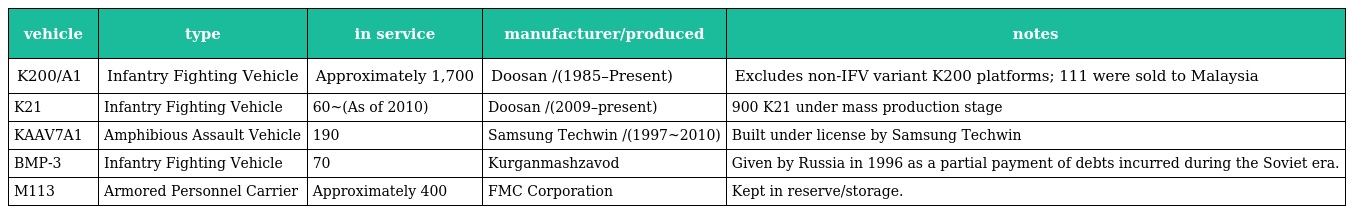
| vehicle | type | in service | manufacturer/produced | notes |
 | --- | --- | --- | --- | --- |
 | K200/A1 | Infantry Fighting Vehicle | Approximately 1,700 | Doosan /(1985–Present) | Excludes non-IFV variant K200 platforms; 111 were sold to Malaysia |
 | K21 | Infantry Fighting Vehicle | 60~(As of 2010) | Doosan /(2009–present) | 900 K21 under mass production stage |
 | KAAV7A1 | Amphibious Assault Vehicle | 190 | Samsung Techwin /(1997~2010) | Built under license by Samsung Techwin |
 | BMP-3 | Infantry Fighting Vehicle | 70 | Kurganmashzavod | Given by Russia in 1996 as a partial payment of debts incurred during the Soviet era. |
 | M113 | Armored Personnel Carrier | Approximately 400 | FMC Corporation | Kept in reserve/storage. |